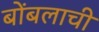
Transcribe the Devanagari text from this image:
बोंबलाची